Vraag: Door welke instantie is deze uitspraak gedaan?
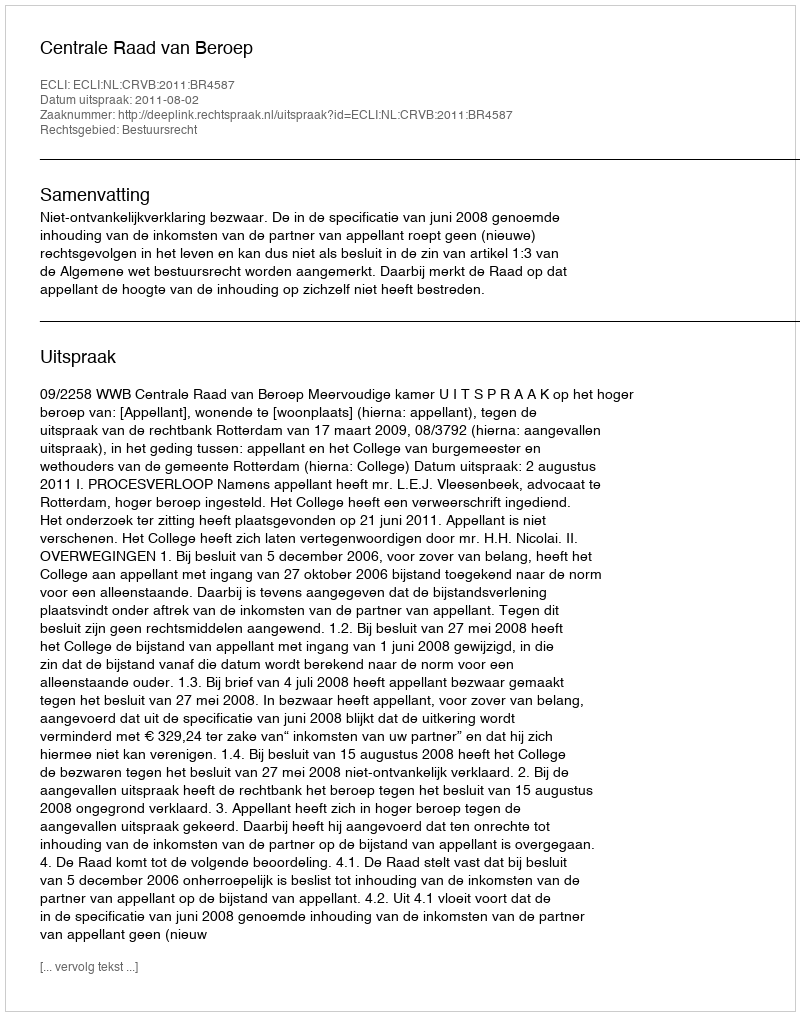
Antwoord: Centrale Raad van Beroep